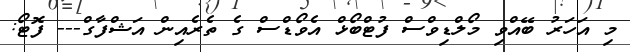
މި އަހަރު ބޭއްވި މޯލްޑިވްސް ފުޓްބޯޅް އެވޯޑްސް ގެ ތެރެއިން އަޝްފާގް--- ފޮޓޯ: